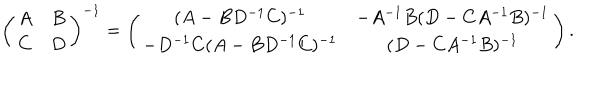
LaTeX: \left( \begin{array} { c c } { { A } } & { { B } } \\ { { C } } & { { D } } \\ \end{array} \right) ^ { - 1 } = \left( \begin{array} { c c } { { ( A - B D ^ { - 1 } C ) ^ { - 1 } } } & { { - A ^ { - 1 } B ( D - C A ^ { - 1 } B ) ^ { - 1 } } } \\ { { - D ^ { - 1 } C ( A - B D ^ { - 1 } C ) ^ { - 1 } } } & { { ( D - C A ^ { - 1 } B ) ^ { - 1 } } } \\ \end{array} \right) .